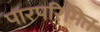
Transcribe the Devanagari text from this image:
पारपरिमित